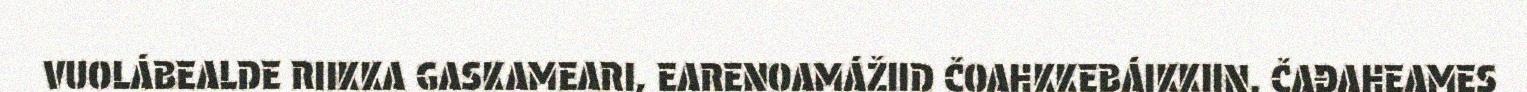
VUOLÁBEALDE RIIKKA GASKAMEARI, EARENOAMÁŽIID ČOAHKKEBÁIKKIIN. ČAĐAHEAMES